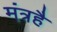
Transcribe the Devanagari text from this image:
मंत्रहै